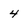
Character: 4